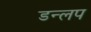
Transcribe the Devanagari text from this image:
डन्लप